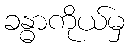
ခန္ဓာကိုယ်မှ